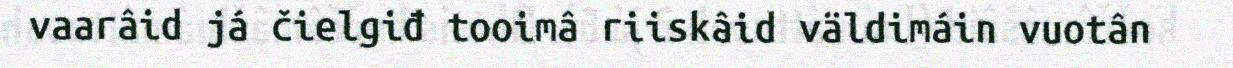
vaarâid já čielgiđ tooimâ riiskâid väldimáin vuotân